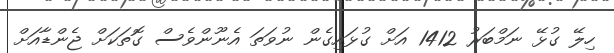
ހިލޭ ގުޅޭ ނަމްބަރު 1412 އަށް ގުޅައިގެން ނުވަތަ އެނޫންވެސް ގޮތަކަށް ޖެންޑާއަށް